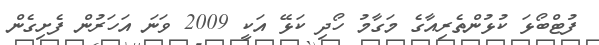
ފުޓްބޯޅަ ކުޅުންތެރިއާގެ މަގާމު ހޯދި ކަޅޭ އަކީ 2009 ވަނަ އަހަރުން ފެށިގެން